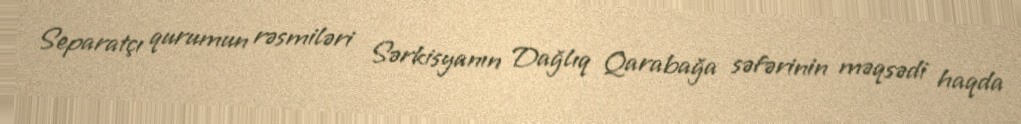
Separatçı qurumun rəsmiləri Sərkisyanın Dağlıq Qarabağa səfərinin məqsədi haqda